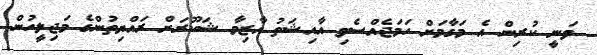
ވަނީ ކުރިން އެ މަގާމަށް ހަމަޖެއްސެވި އާއިޝަތު އާޒިމާ ޝަކޫރަށް ރައްޔިތުންގެ މަޖިލީހުން